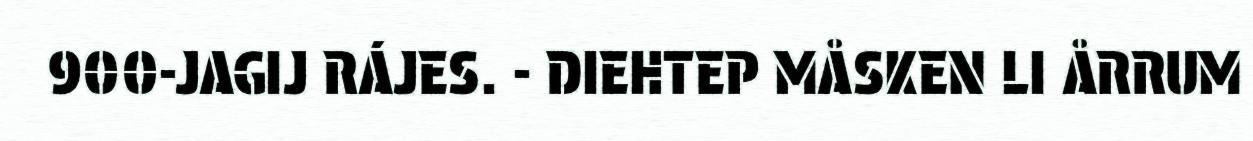
900-JAGIJ RÁJES. - DIEHTEP MÅSKEN LI ÅRRUM